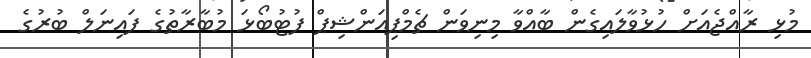
މުޅި ރާއްޖެއަށް ހުޅުވާލައިގެން ބާއްވާ މިނިވަން ޗެމްޕިއަންޝިޕް ފުޓުބޯޅަ މުބާރާތުގެ ފައިނަލް ބުރުގެ